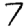
Digit: 7